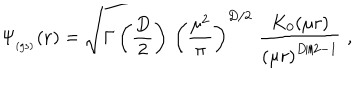
LaTeX: \Psi _ { _ \mathrm { ( g s ) } } ( { \bf r } ) = \sqrt { \Gamma \left( \frac { D } { 2 } \right) \, \left( \frac { \mu ^ { 2 } } { \pi } \right) ^ { D / 2 } } \; \frac { K _ { 0 } ( \mu r ) } { \left( \mu r \right) ^ { D / 2 - 1 } } \; ,